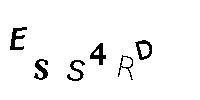
ESS4RD